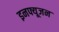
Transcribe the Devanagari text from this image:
इनफ्यूजन